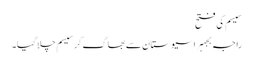
سیسم کی فتح
راجہ بجہرا سیوستان سے بھاگ کر سیسم چلا گیا۔